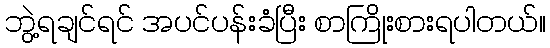
ဘွဲ့ရချင်ရင် အပင်ပန်းခံပြီး စာကြိုးစားရပါတယ်။